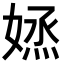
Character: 𡞷